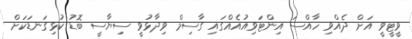
ވީޓީވީ އަށް ދެއްވި ހާއްސަ އިންޓަވިއުއެއްގައި ގާސިމް ވިދާޅުވީ ސިޔާސީ ބޮޑު ކުޅިގަނޑަކަށް